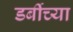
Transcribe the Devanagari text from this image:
डर्बीच्या